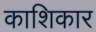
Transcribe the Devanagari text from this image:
काशिकार